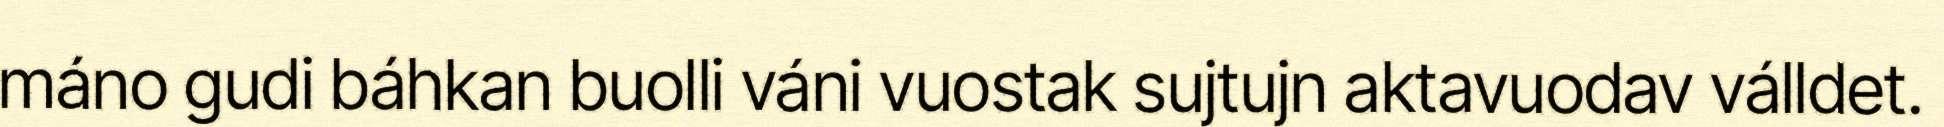
máno gudi báhkan buolli váni vuostak sujtujn aktavuodav válldet.